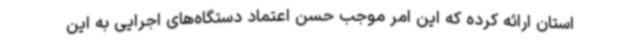
استان ارائه کرده که این امر موجب حسن اعتماد دستگاه‌های اجرایی به این